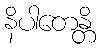
နိပါတေန္တိ